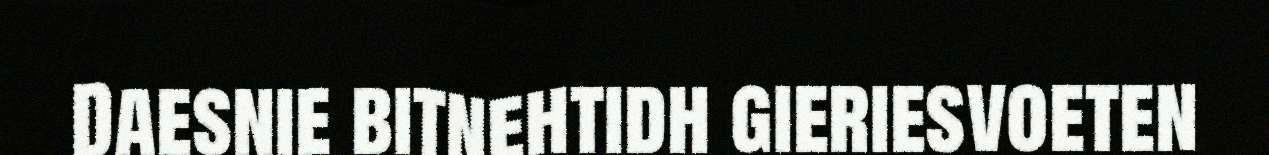
Daesnie bitnehtidh gieriesvoeten